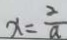
x = \frac { 2 } { a }